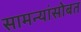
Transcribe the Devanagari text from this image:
सामन्यांसोबत